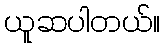
ယူဆပါတယ်။